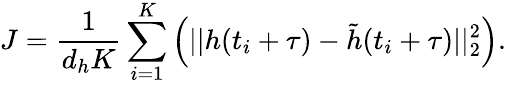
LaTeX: J=\frac{1}{d_{h}K}\sum_{i=1}^{K}\left(||h(t_{i}+\tau)-\tilde{h}(t_{i}+\tau)||_{2}^{2}\right).